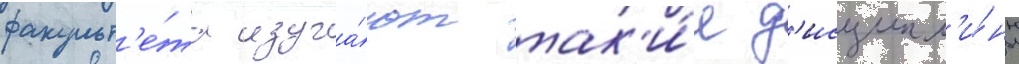
факульт'е́та изуча́ют так'и́е д'исципл'и́ны